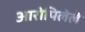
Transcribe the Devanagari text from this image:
आरोपिलेले